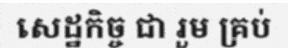
សេដ្ឋកិច្ច ជា រួម គ្រប់